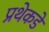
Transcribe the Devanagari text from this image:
प्रथेकडे